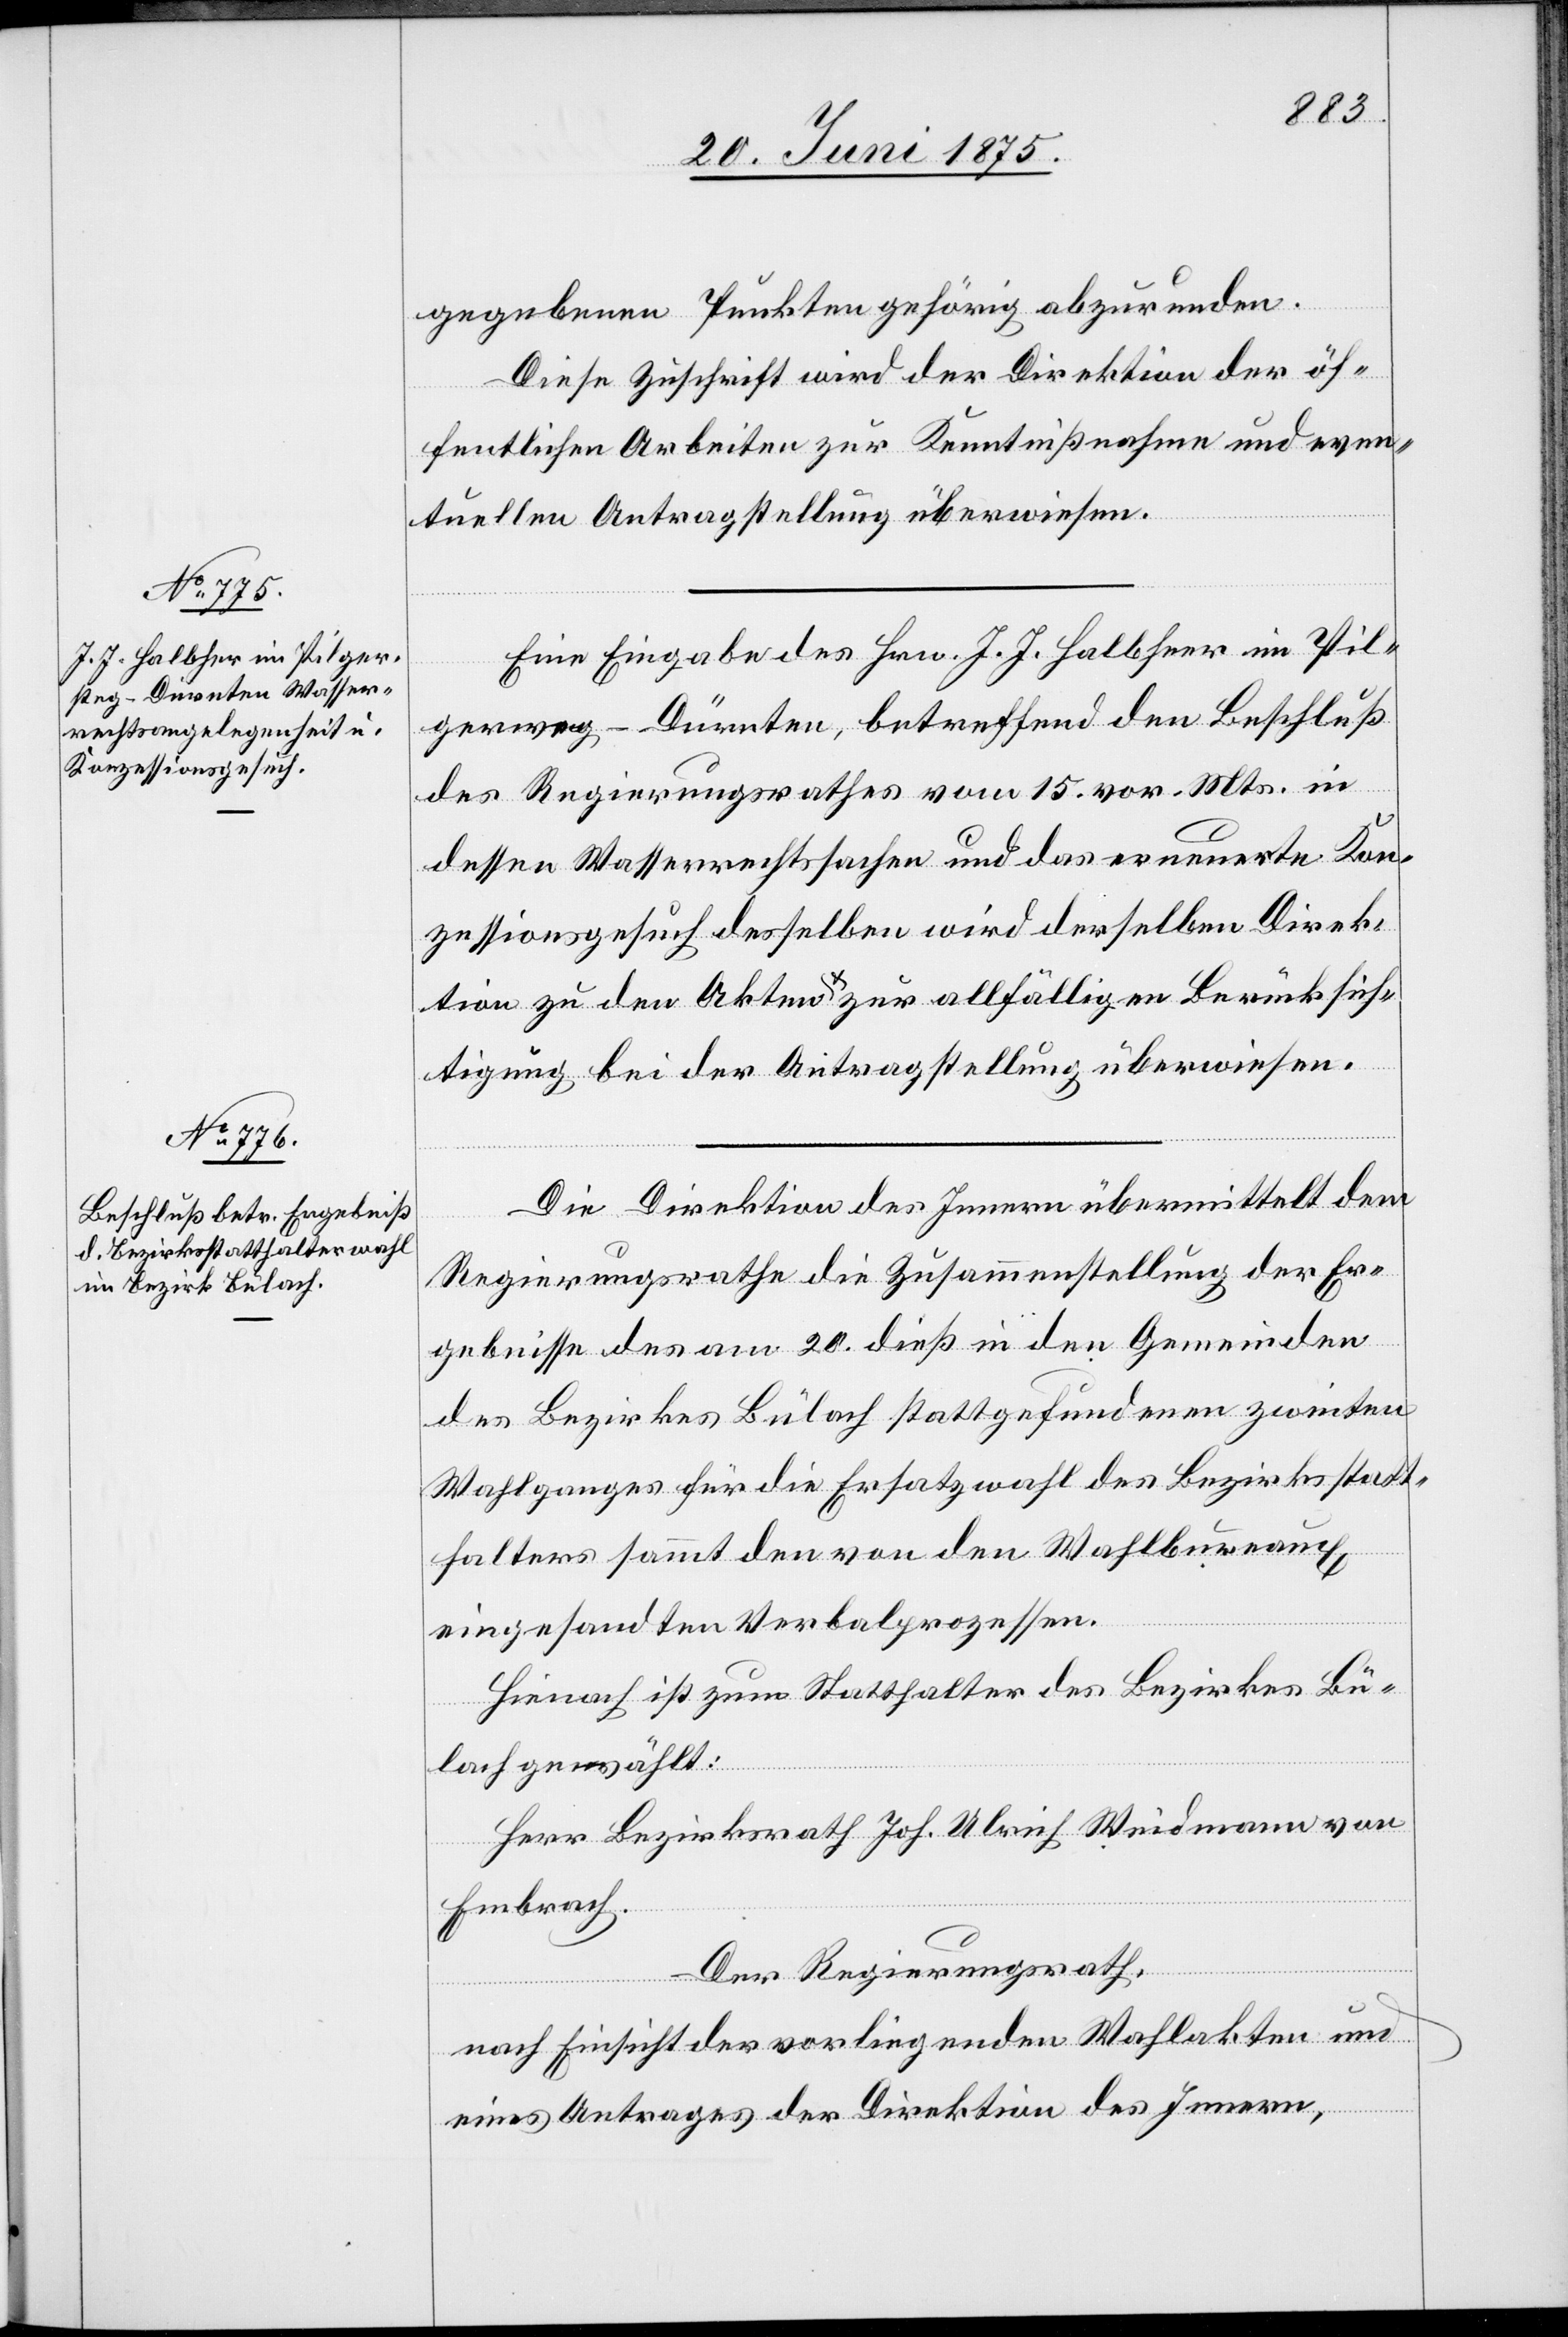
22. Juni 1875.]
gegebenen Punkten gehörig abzurunden.
Diese Zuschrift wird der Direktion der öf¬
fentlichen Arbeiten zur Kenntnißnahme und even¬
tuellen Antragstellung überwiesen.
Eine Eingabe des Hrn. J. J. Halbheer im Pil¬
gersteg - Dürnten, betreffend den Beschluß
des Regierungsrathes vom 15. vor. Mts. in
dessen Wasserrechtssachen und das erneuerte Kon¬
zessionsgesuch desselben wird derselben Direk¬
tion zu den Akten & zur allfälligen Berücksich¬
tigung bei der Antragstellung überwiesen.
Die Direktion des Innern übermittelt dem
Regierungsrathe die Zusammenstellung der Er¬
gebnisse des am 20. dieß in den Gemeinden
des Bezirkes Bülach stattgefundenen zweiten
Wahlganges für die Ersatzwahl des Bezirksstatt¬
halters sammt den von den Wahlbureaux
eingesandten Verbalprozessen.
Hienach ist zum Statthalter des Bezirkes Bü¬
lach gewählt:
Herr Bezirksrath Joh. Ulrich Weismann von
an¬
Embrach.
Der Regierungsrath,
nach Einsicht der vorliegenden Wahlakten und
eines Antrages der Direktion des Innern,